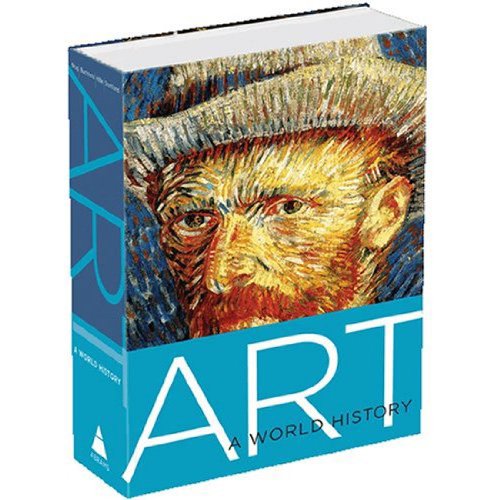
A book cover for Art: A World History; Elke Linda Buchholz; Arts & Photography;